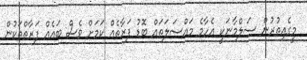
މީގެއިތުރުން ސަލްމާނަކީ އެހާމެ މައްސަލަތައް ބޮޑު ފަރާތެއް ކަަމަށް ވެސް ބައެއް ފަރާތްތަކުން